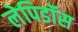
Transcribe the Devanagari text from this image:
लेपिडॉस